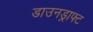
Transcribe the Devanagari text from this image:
डाउनड्राफ्ट